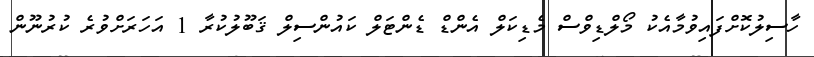
ހާސިލުކޮށްފައިވުމާއެކު މޯލްޑިވްސް މެޑިކަލް އެންޑް ޑެންޓަލް ކައުންސިލް ޤަބޫލުކުރާ 1 އަހަރަށްވުރެ ކުރުނޫން